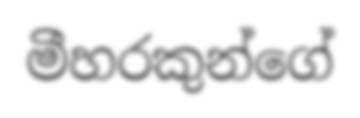
මීහරකුන්ගේ